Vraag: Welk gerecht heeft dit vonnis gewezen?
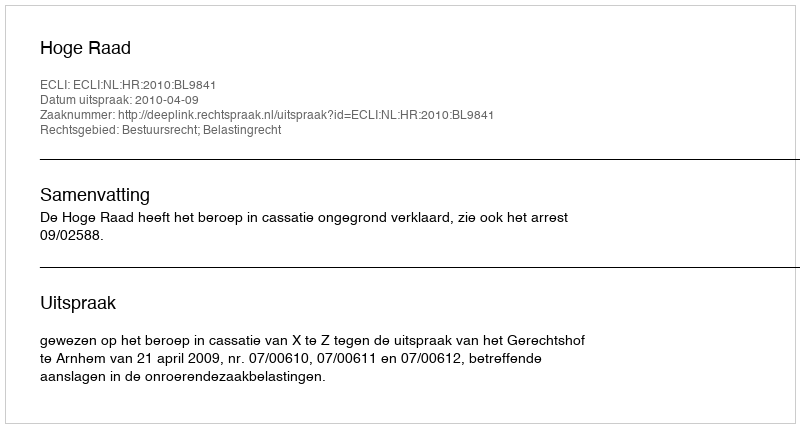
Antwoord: Hoge Raad